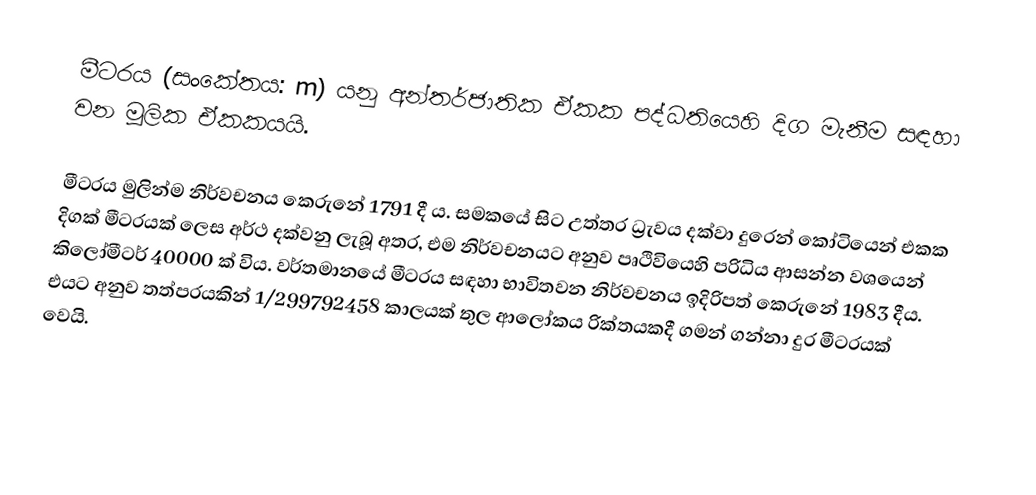
මීටරය (සංකේතය: m) යනු අන්තර්ජාතික ඒකක පද්ධතියෙහි දිග මැනීම සඳහා වන මූලික ඒකකයයි.

මීටරය මුලින්ම නිර්වචනය කෙරුනේ 1791 දී ය. සමකයේ සිට උත්තර ධ්‍රැවය දක්වා දුරෙන් කෝටියෙන් එකක දිගක් මීටරයක් ලෙස අර්ථ දක්වනු ලැබූ අතර, එම නිර්වචනයට අනුව පෘථිවියෙහි පරිධිය ආසන්න වශයෙන් කිලෝමීටර් 40000 ක් විය. වර්තමානයේ මීටරය සඳහා භාවිතවන නිර්වචනය ඉදිරිපත් කෙරුනේ 1983 දීය. එයට අනුව තත්පරයකින් 1/299792458 කාලයක් තුල ආලෝකය රික්තයකදී ගමන් ගන්නා දුර මීටරයක් වෙයි.